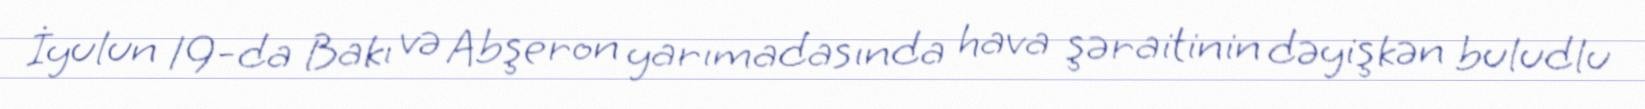
İyulun 19-da Bakı və Abşeron yarımadasında hava şəraitinin dəyişkən buludlu